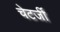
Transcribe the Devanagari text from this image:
चेटर्जी